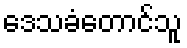
ဒေသခံတောင်သူ